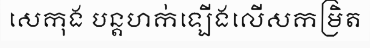
សេកុង បន្តហក់ឡើងលើសកម្រិត